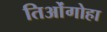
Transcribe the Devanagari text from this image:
तिओंगोहा